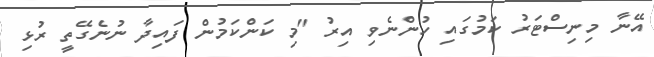
އޭނާ މިނިސްޓަރު ކަމުގައި ހުންނެވި އިރު "މި ކަންކަމުން ފައިދާ ނުނެގޭތީ ރުޅި